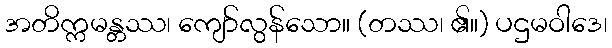
အတိက္ကမန္တဿ၊ ကျော်လွန်သော။ (တဿ၊ ၏။) ပဌမဝါဒေ၊